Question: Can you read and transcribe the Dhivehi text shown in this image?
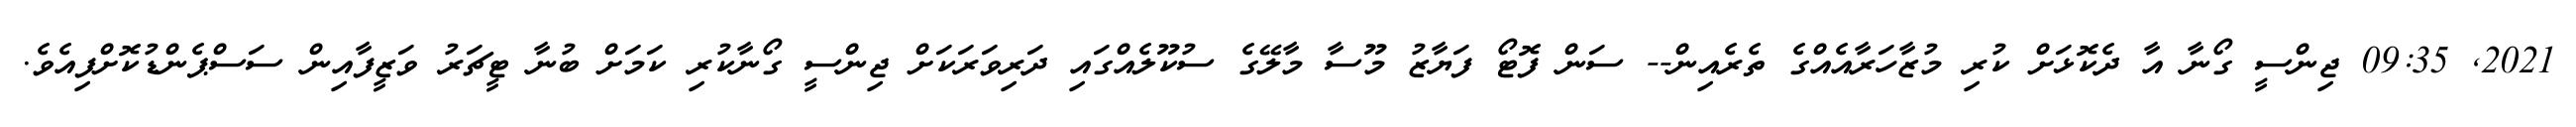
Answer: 2021, 09:35 ޖިންސީ ގޯނާ އާ ދެކޮޅަށް ކުރި މުޒާހަރާއެއްގެ ތެރެއިން-- ސަން ފޮޓޯ ފަޔާޒު މޫސާ މާލޭގެ ސުކޫލެއްގައި ދަރިވަރަކަށް ޖިންސީ ގޯނާކުރި ކަމަށް ބުނާ ޓީޗަރު ވަޒީފާއިން ސަސްޕެންޑުކޮށްފިއެވެ.